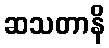
ဆသတာနိ